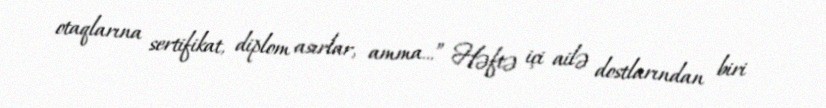
otaqlarına sertifikat, diplom asırlar, amma...” Həftə içi ailə dostlarından biri